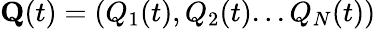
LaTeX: {\mathbf Q}(t)=(Q_{1}(t),Q_{2}(t)...Q_{N}(t))